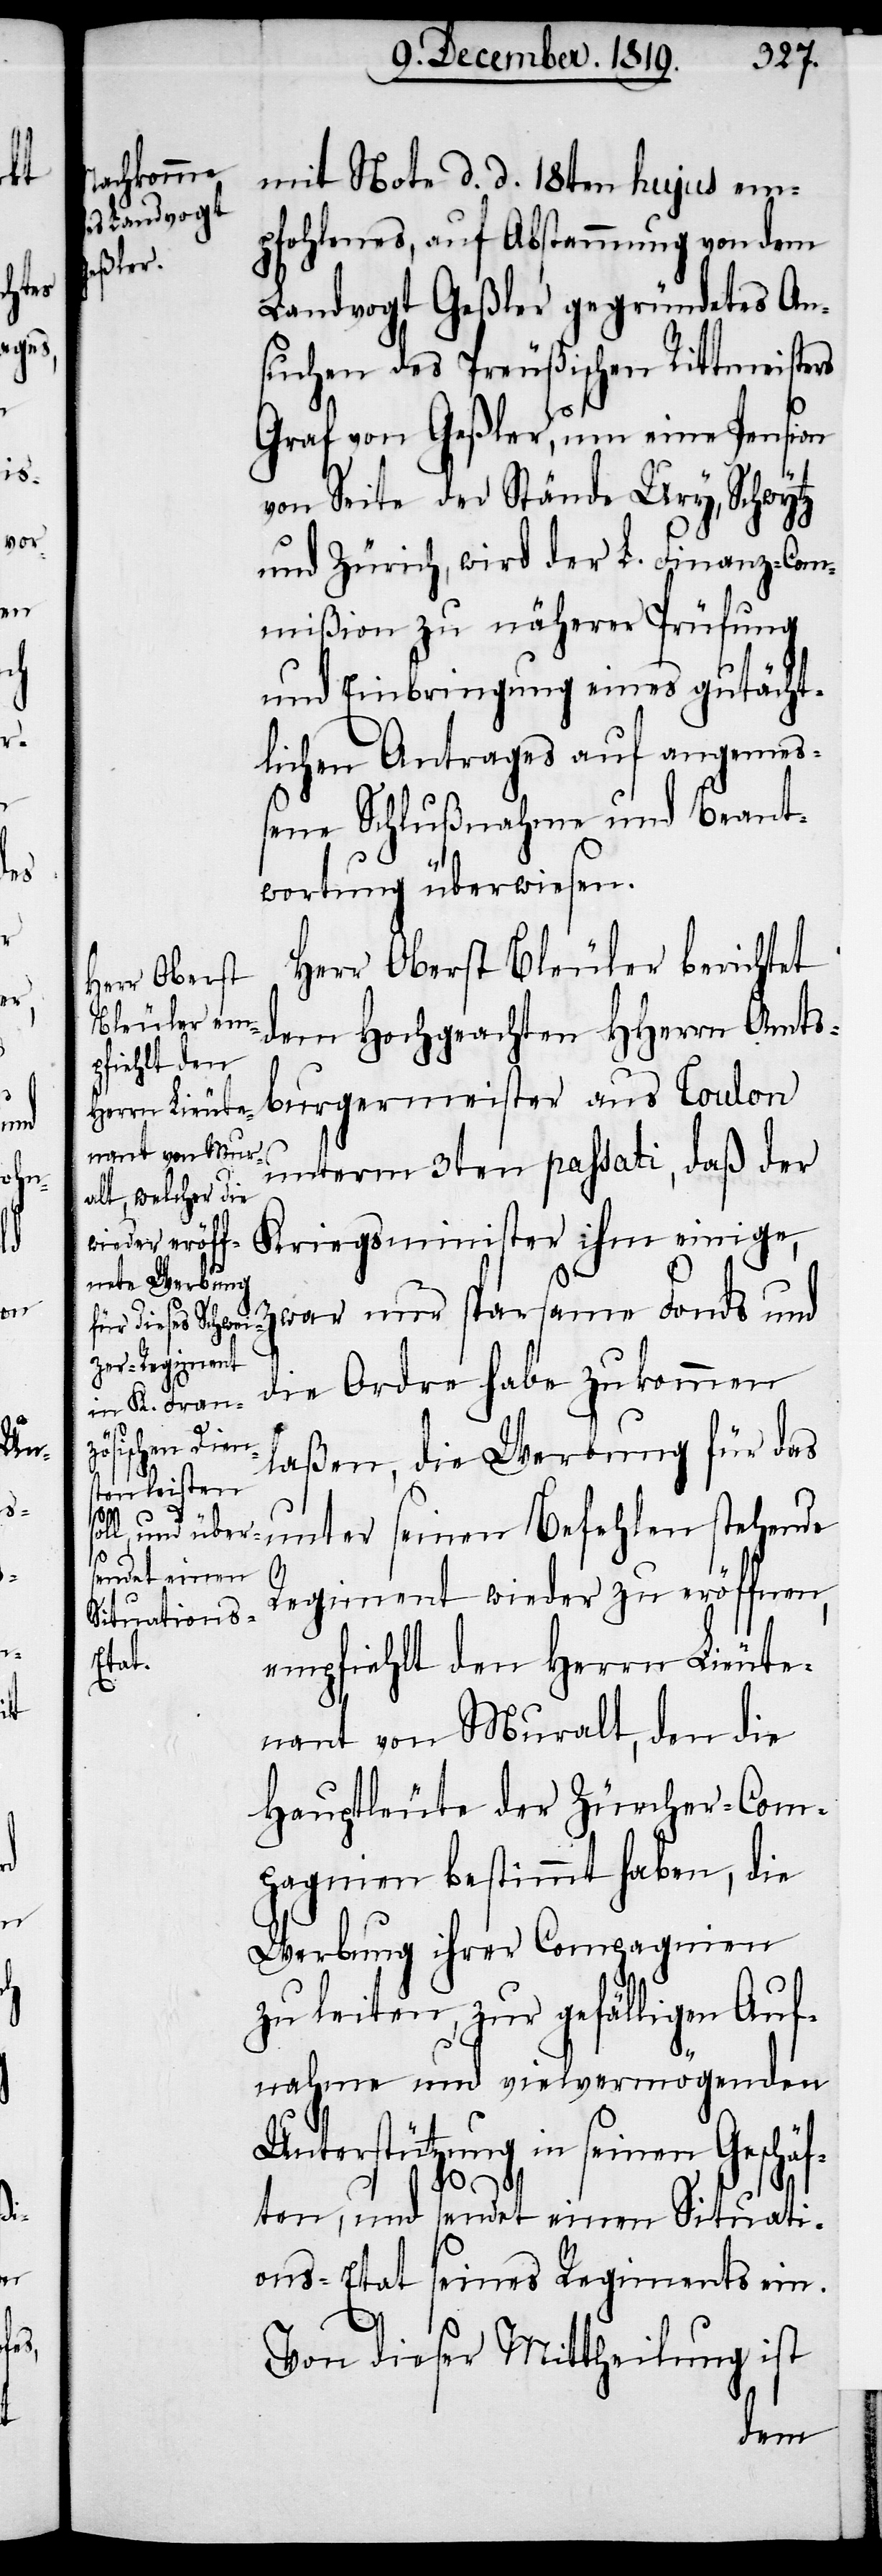
mit Note d. d. 18ten hujus em¬
pfohlenes, auf Abstammung von dem
Landvogt Geßler gegründetes An¬
suchen des Preußischen Rittmeisters
Graf von Geßler, um eine Pension
von Seite der Stände Ury, Schwytz
und Zürich, wird der L. Finanz-Com¬
mißion zu näherer Prüfung
und Einbringung eines gutächt¬
lichen Antrages auf angemes¬
sene Schlußnahme und Beant¬
wortung überwiesen.
Herr Oberst Bleuler berichtet
dem Hochgeachten HHerrn Amts¬
burgermeister aus Toulon
unterm 3ten passati, daß der
Kriegsminister ihm einig¬
e, zwar nur sparsame Fonds und
die Ordre habe zukommen
laßen, die Werbung für das
unter seinen Befehlen stehende
Regiment wieder zu eröffnen,
empfiehlt den Herrn Lieute¬
nant von Muralt, den die
Hauptleute der Zürcher-Com¬
pagnien bestimmt haben, die
Werbung ihrer Compagnien
zu leiten, zur gefälligen Auf¬
nahme und vielvermögenden
Unterstützung in seinen Geschäf¬
ten, und sendet einen Situati¬
ons-Etat seines Regiments ein.
Von dieser Mittheilung ist